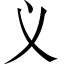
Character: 义